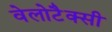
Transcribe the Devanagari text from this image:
वेलोटैक्सी